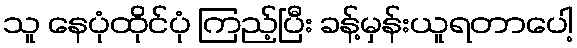
သူ နေပုံထိုင်ပုံ ကြည့်ပြီး ခန့်မှန်းယူရတာပေါ့